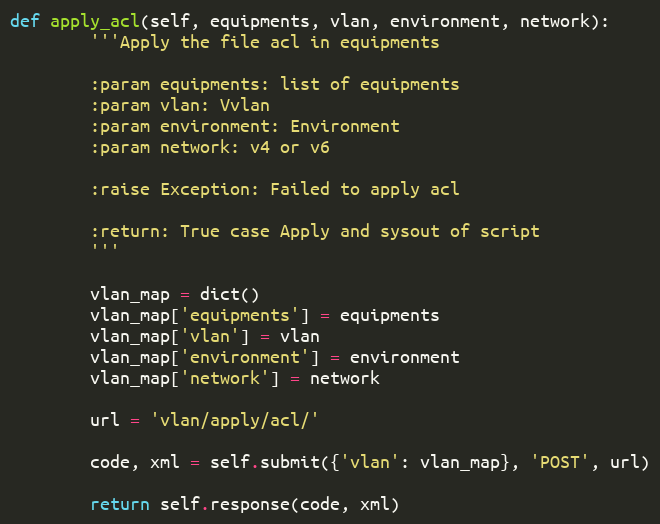
Language: Python
def apply_acl(self, equipments, vlan, environment, network):
        '''Apply the file acl in equipments

        :param equipments: list of equipments
        :param vlan: Vvlan
        :param environment: Environment
        :param network: v4 or v6

        :raise Exception: Failed to apply acl

        :return: True case Apply and sysout of script
        '''

        vlan_map = dict()
        vlan_map['equipments'] = equipments
        vlan_map['vlan'] = vlan
        vlan_map['environment'] = environment
        vlan_map['network'] = network

        url = 'vlan/apply/acl/'

        code, xml = self.submit({'vlan': vlan_map}, 'POST', url)

        return self.response(code, xml)